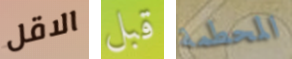
الاقل قبل المحطمة